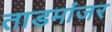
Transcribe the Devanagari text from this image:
ताडमांजर